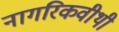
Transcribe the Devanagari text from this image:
नागरिकवीथी